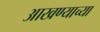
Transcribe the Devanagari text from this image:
आखण्याच्या